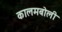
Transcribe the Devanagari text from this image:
कालमबोली